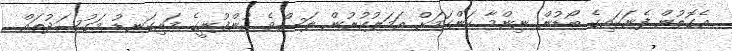
އެގޮތުން ފެނަކައިގެ ބޯޑުން ނިންމާ ކަންކަމަށް އަމަލުކުރުން ލަސްވެ ކުންފުނީގެ މައިގަނޑު މަގުސަދުތައް